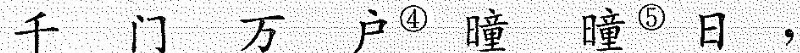
前 门 万 户^{④} 曈 曈^{⑤} 日 ，